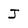
Character: J